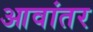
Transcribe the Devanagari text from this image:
आवांतर